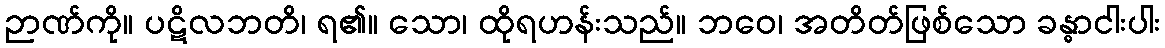
ဉာဏ်ကို။ ပဋိလဘတိ၊ ရ၏။ သော၊ ထိုရဟန်းသည်။ ဘဝေ၊ အတိတ်ဖြစ်သော ခန္ဓာငါးပါး